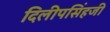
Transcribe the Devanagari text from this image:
दिलीपसिंहजी